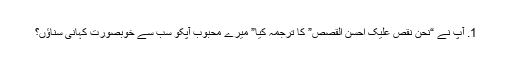
1. آپ نے “نحن نقص علیک احسن القصص” کا ترجمہ کیا” میرے محبوب آپکو سب سے خوبصورت کہانی سناؤں؟